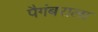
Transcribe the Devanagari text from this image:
पैगंबराला